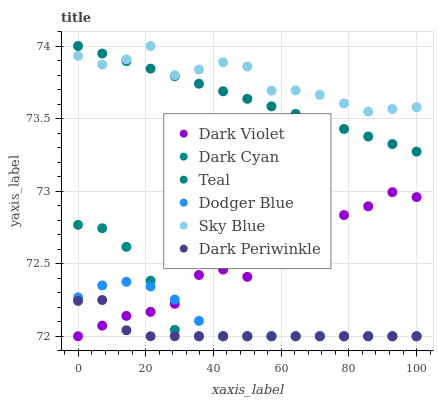
| xaxis_label | Dark Violet | Dark Cyan | Teal | Dodger Blue | Sky Blue | Dark Periwinkle |
 | --- | --- | --- | --- | --- | --- | --- |
 | 0 | 72 | 72.8 | 74 | 72.3 | 73.9 | 72.2 |
 | 7.14 | 72.1 | 72.7 | 73.9 | 72.4 | 73.9 | 72.2 |
 | 14.3 | 72.1 | 72.6 | 73.9 | 72.4 | 73.9 | 72 |
 | 21.4 | 72.2 | 72.4 | 73.8 | 72.3 | 74 | 72 |
 | 28.6 | 72.2 | 72 | 73.8 | 72.3 | 73.8 | 72 |
 | 35.7 | 72.4 | 72 | 73.7 | 72.1 | 73.8 | 72 |
 | 42.9 | 72.5 | 72 | 73.7 | 72 | 73.9 | 72 |
 | 50 | 72.4 | 72 | 73.6 | 72 | 73.9 | 72 |
 | 57.1 | 72.5 | 72 | 73.6 | 72 | 73.7 | 72 |
 | 64.3 | 72.7 | 72 | 73.5 | 72 | 73.7 | 72 |
 | 71.4 | 72.6 | 72 | 73.5 | 72 | 73.7 | 72 |
 | 78.6 | 72.8 | 72 | 73.4 | 72 | 73.6 | 72 |
 | 85.7 | 72.9 | 72 | 73.4 | 72 | 73.5 | 72 |
 | 92.9 | 73 | 72 | 73.3 | 72 | 73.6 | 72 |
 | 100 | 73 | 72 | 73.3 | 72 | 73.6 | 72 |